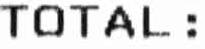
TOTAL: